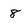
Character: 8